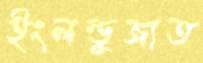
ইংলন্ডুজাত